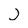
Character: J